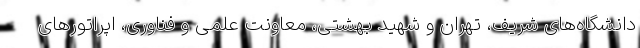
دانشگاه‌های شریف، تهران و شهید بهشتی، معاونت علمی و فناوری، اپراتورهای